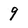
Character: 9